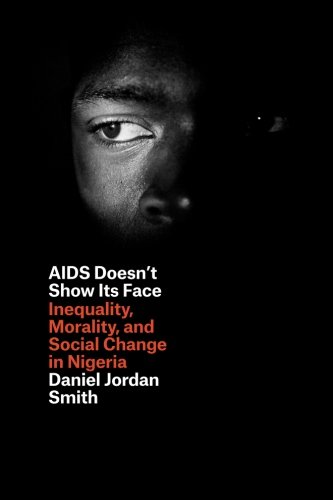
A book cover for AIDS Doesn't Show Its Face: Inequality, Morality, and Social Change in Nigeria; Daniel Jordan Smith; History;